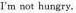
I'm not hungry.